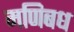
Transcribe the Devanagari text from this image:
मणिबध